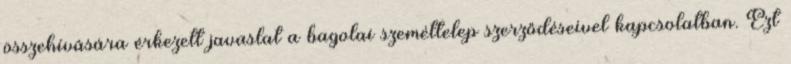
összehívására érkezett javaslat a bagolai szeméttelep szerződéseivel kapcsolatban. Ezt